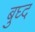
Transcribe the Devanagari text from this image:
बुघ्‍द